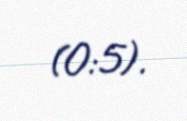
(0:5).